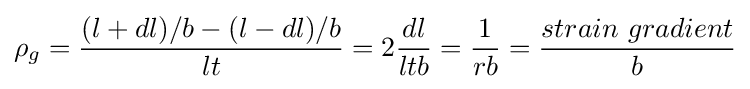
\rho _{g}={\frac {(l+dl)/b-(l-dl)/b}{lt}}=2{\frac {dl}{ltb}}={\frac {1}{rb}}={\frac {strain\ gradient}{b}}